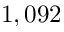
1 , 0 9 2